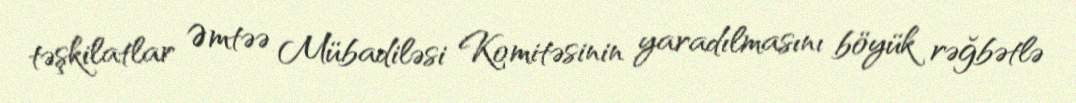
təşkilatlar Əmtəə Mübadiləsi Komitəsinin yaradılmasını böyük rəğbətlə